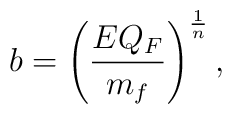
b=\left({{EQ_F}\over{m_f}}\right)^{1\over n},